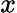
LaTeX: x